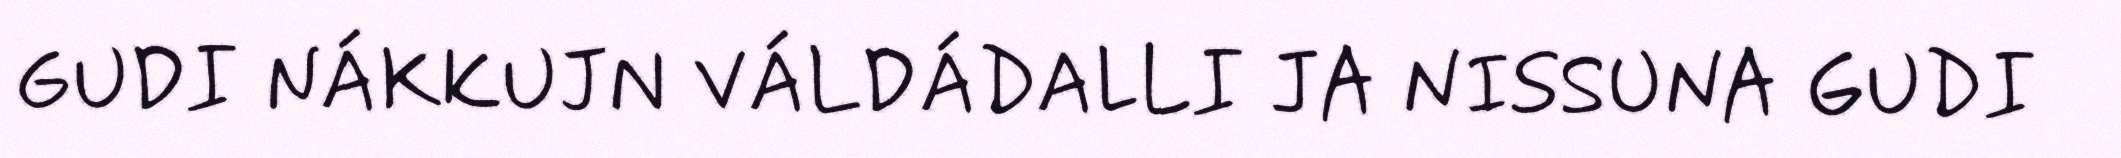
GUDI NÁKKUJN VÁLDÁDALLI JA NISSUNA GUDI